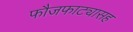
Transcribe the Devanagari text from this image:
फौजफाट्यासह